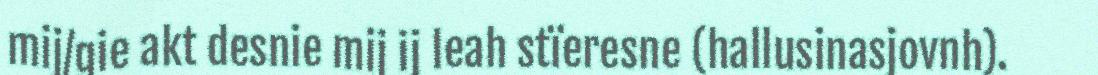
mij/gie akt desnie mij ij leah stïeresne (hallusinasjovnh).